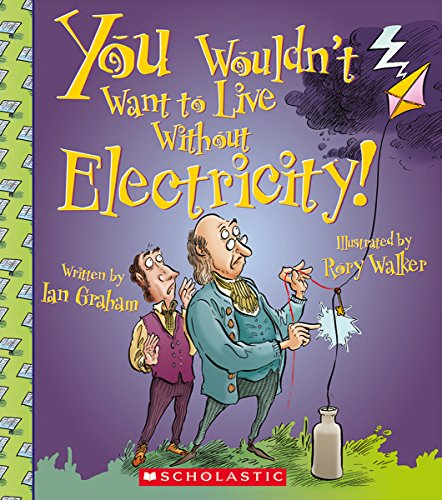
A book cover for You Wouldn't Want to Live Without Electricity; Ian Graham; Children's Books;